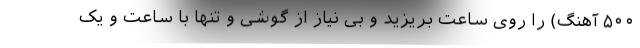
۵۰۰ آهنگ) را روی ساعت بریزید و بی نیاز از گوشی و تنها با ساعت و یک